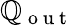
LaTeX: \mathbb{Q}_{\mathrm{{~o~u~t~}}}